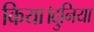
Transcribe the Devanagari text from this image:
किया।दुनिया